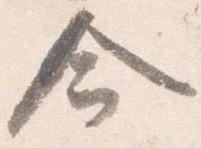
命